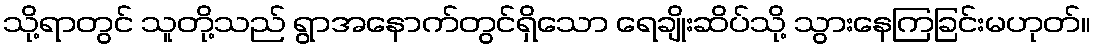
သို့ရာတွင် သူတို့သည် ရွာအနောက်တွင်ရှိသော ရေချိုးဆိပ်သို့ သွားနေကြခြင်းမဟုတ်။